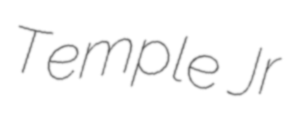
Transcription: Temple Jr